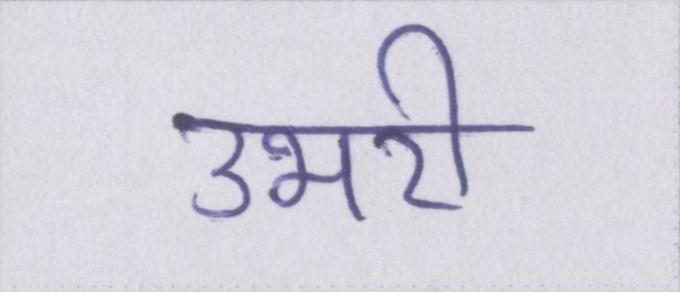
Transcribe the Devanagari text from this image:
उभरी